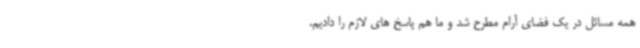
همه مسائل در یک فضای آرام مطرح شد و ما هم پاسخ های لازم را دادیم.